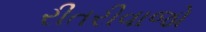
રીતરીવાજો